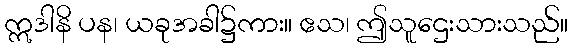
ဣဒါနိ ပန၊ ယခုအခါ၌ကား။ ဧသ၊ ဤသူဌေးသားသည်။